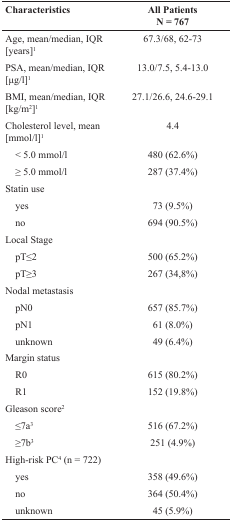
<table><thead><tr><td><b>Characteristics</b></td><td><b>All Patients N = 767</b></td></tr></thead><tbody><tr><td>Age, mean/median, IQR [years]<sup>1</sup></td><td>67.3/68, 62-73</td></tr><tr><td>PSA, mean/median, IQR [μg/l]<sup>1</sup></td><td>13.0/7.5, 5.4-13.0</td></tr><tr><td>BMI, mean/median, IQR [kg/m<sup>2</sup>]<sup>1</sup></td><td>27.1/26.6, 24.6-29.1</td></tr><tr><td>Cholesterol level, mean [mmol/l]<sup>1</sup></td><td>4.4</td></tr><tr><td> &lt; 5.0 mmol/l</td><td>480 (62.6%)</td></tr><tr><td> ≥ 5.0 mmol/l</td><td>287 (37.4%)</td></tr><tr><td>Statin use</td><td></td></tr><tr><td> yes</td><td>73 (9.5%)</td></tr><tr><td> no</td><td>694 (90.5%)</td></tr><tr><td>Local Stage</td><td></td></tr><tr><td> pT≤2</td><td>500 (65.2%)</td></tr><tr><td> pT≥3</td><td>267 (34,8%)</td></tr><tr><td>Nodal metastasis</td><td></td></tr><tr><td> pN0</td><td>657 (85.7%)</td></tr><tr><td> pN1</td><td>61 (8.0%)</td></tr><tr><td> unknown</td><td>49 (6.4%)</td></tr><tr><td>Margin status</td><td></td></tr><tr><td> R0</td><td>615 (80.2%)</td></tr><tr><td> R1</td><td>152 (19.8%)</td></tr><tr><td>Gleason score<sup>2</sup></td><td></td></tr><tr><td> ≤7a<sup>3</sup></td><td>516 (67.2%)</td></tr><tr><td> ≥7b<sup>3</sup></td><td>251 (4.9%)</td></tr><tr><td>High-risk PC<sup>4</sup> (n = 722)</td><td></td></tr><tr><td> yes</td><td>358 (49.6%)</td></tr><tr><td> no</td><td>364 (50.4%)</td></tr><tr><td> unknown</td><td>45 (5.9%)</td></tr></tbody></table>